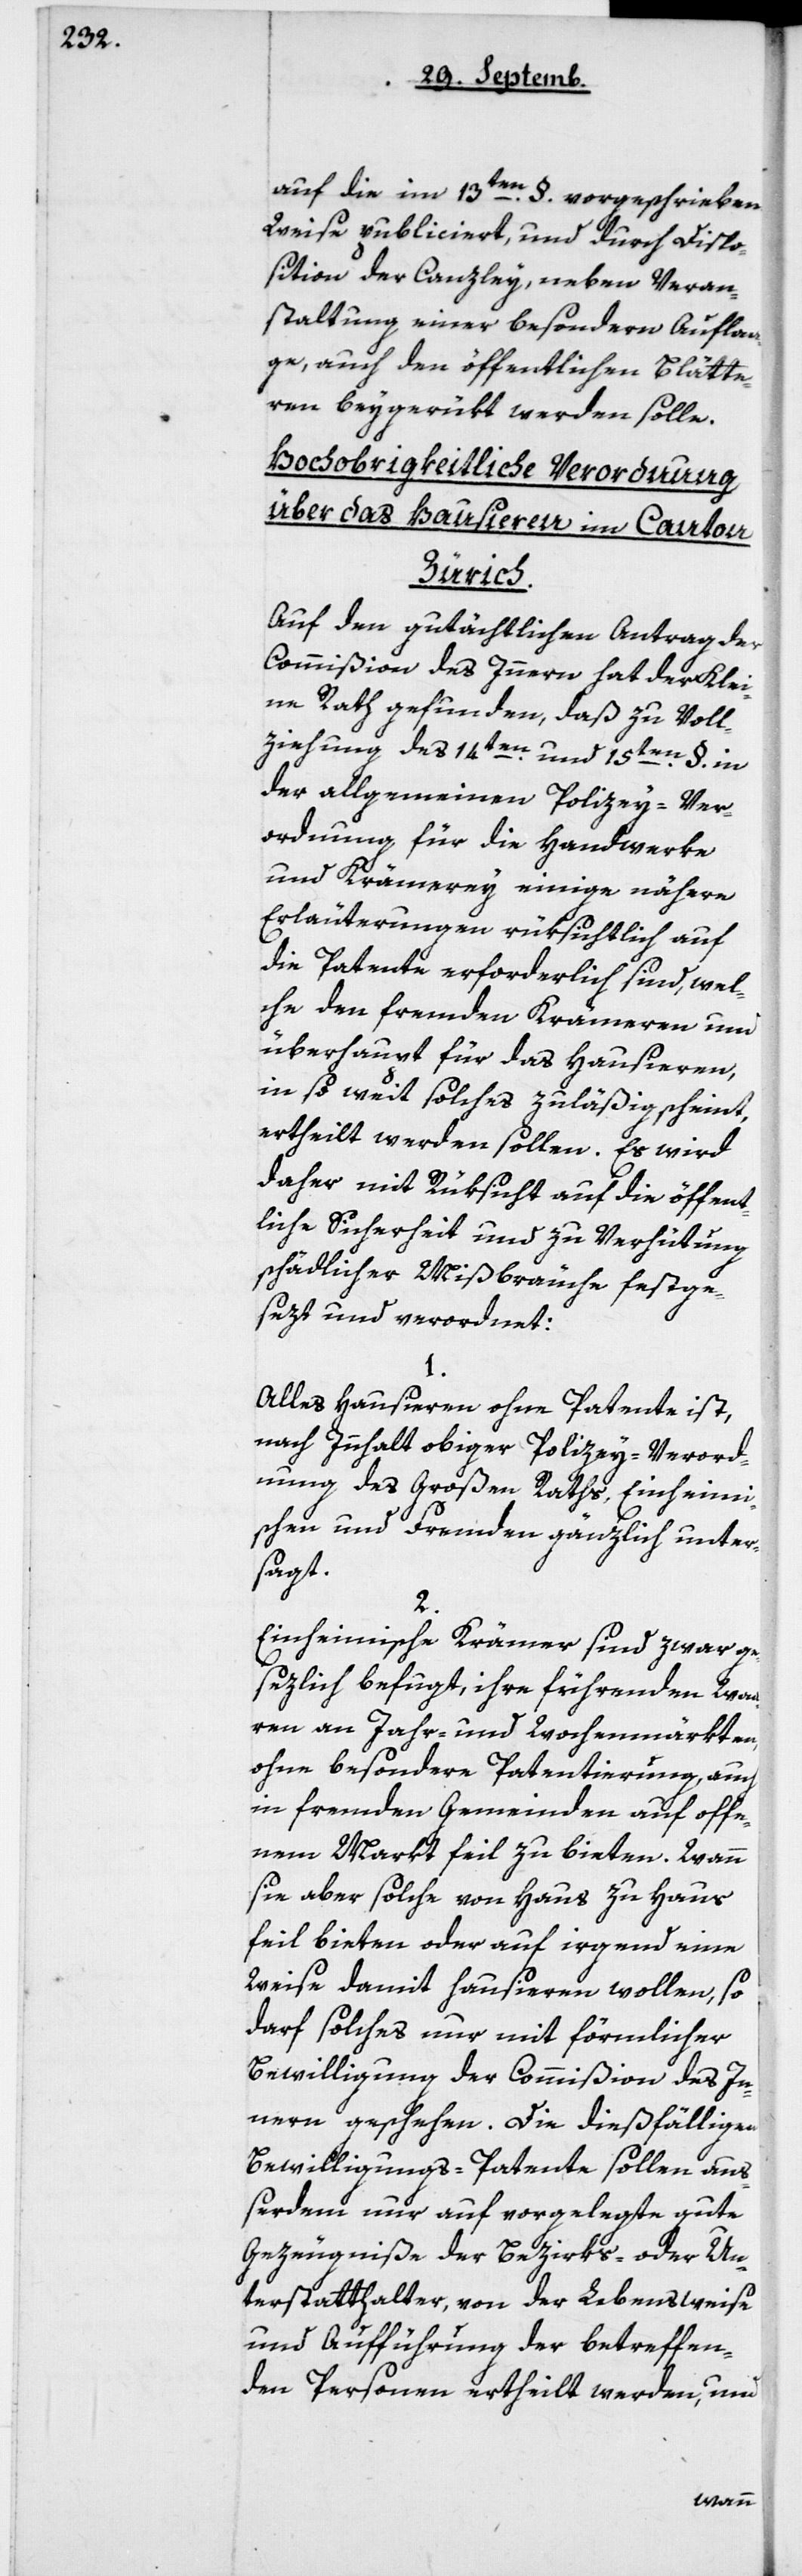
auf die im 13ten § vorgeschriebene
Weise publiciert, und durch Dispo¬
sition der Canzley, neben Veran¬
staltung einer besondern Aufla¬
ge, auch den öffentlichen Blätte¬
ren beygerükt werden solle.
Hochobrigkeitliche Verordnung
über das Hausieren im Canton
Zürich.
Auf den gutächtlichen Antrag der
Commißion des Innern hat der Klei¬
ne Rath gefunden, daß zu Voll¬
ziehung des 14ten und 15ten
der allgemeinen Policey-Ver¬
ordnung für die Handwerke
und Krämerei einige nähere
Erläuterungen rüksichtlich auf
die Patente erforderlich sind, wel¬
che den fremden Krämeren und
überhaupt für das Hausieren,
in so weit solches zuläßig scheint,
ertheilt werden sollen. Es wird
daher mit Rüksicht auf die öffent¬
liche Sicherheit und zu Verhütung
schädlicher Mißbräuche festge¬
sezt und verordnet:
1.
Alles Hausieren ohne Patente ist,
nach Inhalt obiger Policey-Verord¬
nung des Großen Raths, Einheimi¬
schen und Fremden gänzlich unter¬
sagt.
2.
Einheimische Krämer sind zwar ge¬
sezlich befugt, ihre führenden Wa¬
ren an Jahr- und Wochenmärkten,
ohne besondere Patentierung, auch
in fremden Gemeinden auf offe¬
nem Markt feil zu bieten. Wann
sie aber solche von Haus zu Haus
feil bieten oder auf irgend eine
Weise damit hausieren wollen, so
darf solches nur mit förmlicher
Bewilligung der Commißion des In¬
nern geschehen. Die dießfälligen
Bewilligungs-Patente sollen auß¬
erdem nur auf vorgelegte gute
Gezeugniße der Bezirks- oder Un¬
terstatthalter, von der Lebensweise
und Aufführung der betreffen¬
den Personen ertheilt werden, und